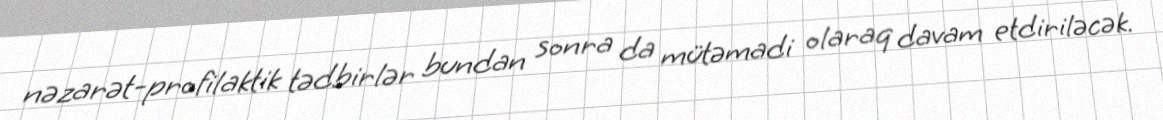
nəzarət-profilaktik tədbirlər bundan sonra da mütəmadi olaraq davam etdiriləcək.